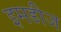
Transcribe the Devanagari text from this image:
इमडीज